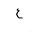
Letter: _ayn